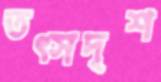
তত্সদৃশ